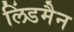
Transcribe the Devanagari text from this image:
लिंडमैन